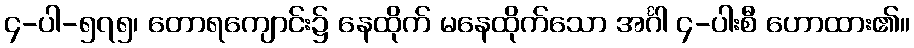
၄-ပါ-၅၇၅၊ တောရကျောင်း၌ နေထိုက် မနေထိုက်သော အင်္ဂါ ၄-ပါးစီ ဟောထား၏။